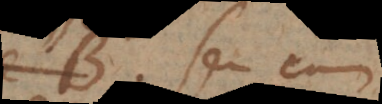
B seu cum